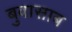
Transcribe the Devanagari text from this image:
बुवासाब